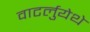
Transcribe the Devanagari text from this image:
वाटर्लुयेथे